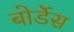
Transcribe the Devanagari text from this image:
बोर्डेस